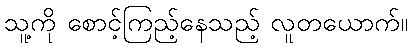
သူ့ကို စောင့်ကြည့်နေသည့် လူတယောက်။